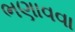
ભણાવવા